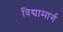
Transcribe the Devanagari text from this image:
विद्यामार्ग